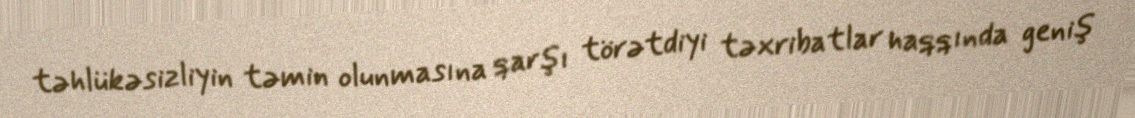
təhlükəsizliyin təmin olunmasına qarşı törətdiyi təxribatlar haqqında geniş